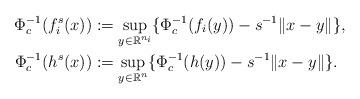
LaTeX: \begin{align*}\Phi_c^{-1}(f_i^s(x)) &:=\sup_{y\in\mathbb{R}^{n_i}}\{\Phi_c^{-1}(f_i(y)) - s^{-1}\|x-y\|\},\\\Phi_c^{-1}(h^s(x)) &:=\sup_{y\in\mathbb{R}^{n}}\{\Phi_c^{-1}(h(y)) - s^{-1}\|x-y\|\}.\end{align*}